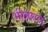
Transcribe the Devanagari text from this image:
भीलराज